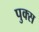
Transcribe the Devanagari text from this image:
पुक्स